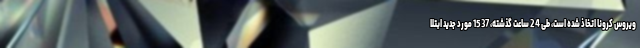
ویروس کرونا اتخاذ شده است، طی 24 ساعت گذشته، 1537 مورد جدید ابتلا